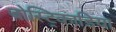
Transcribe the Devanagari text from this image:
बोस्ट्रिकाडिया